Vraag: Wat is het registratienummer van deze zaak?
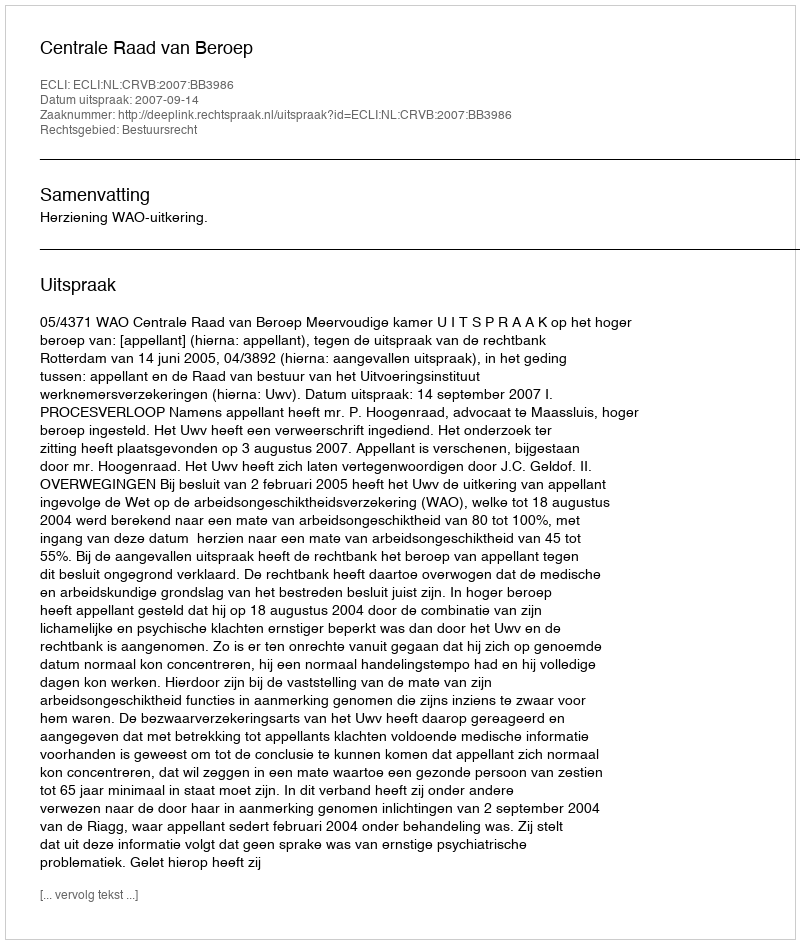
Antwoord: http://deeplink.rechtspraak.nl/uitspraak?id=ECLI:NL:CRVB:2007:BB3986